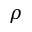
\rho